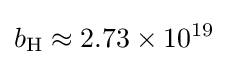
b_{\mathrm {H} }\approx 2.73\times 10^{19}